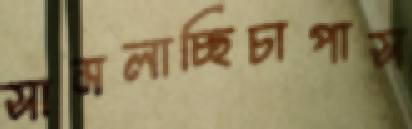
সামলাচ্ছিচাপাস